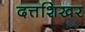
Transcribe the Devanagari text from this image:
दत्तशिखर